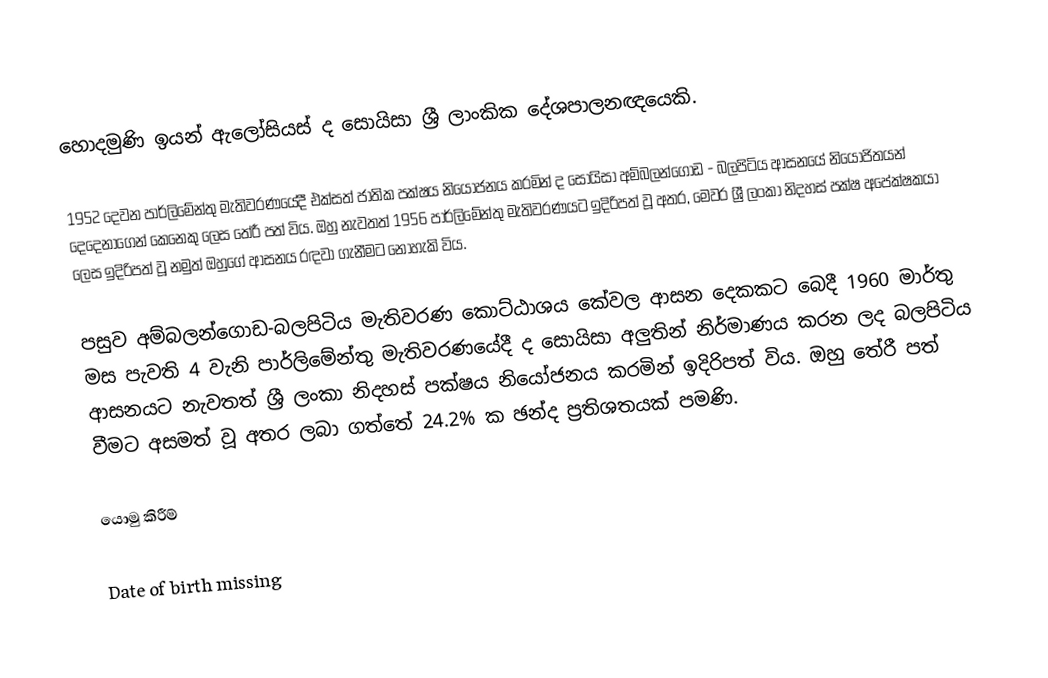
හොදමුණි ඉයන් ඇලෝසියස් ද සොයිසා ශ්‍රී ලාංකික දේශපාලනඥයෙකි.

1952 දෙවන පාර්ලිමේන්තු මැතිවරණයේදී එක්සත් ජාතික පක්ෂය නියෝජනය කරමින් ද සොයිසා අම්බලන්ගොඩ - බලපිටිය ආසනයේ නියෝජිතයන් දෙදෙනාගෙන් කෙනෙකු ලෙස තේරී පත් විය. ඔහු නැවතත් 1956 පාර්ලිමේන්තු මැතිවරණයට ඉදිරිපත් වූ අතර, මෙවර ශ්‍රී ලංකා නිදහස් පක්ෂ අපේක්ෂකයා ලෙස ඉදිරිපත් වූ නමුත් ඔහුගේ ආසනය රඳවා ගැනීමට නොහැකි විය.

පසුව අම්බලන්ගොඩ-බලපිටිය මැතිවරණ කොට්ඨාශය කේවල ආසන දෙකකට බෙදී 1960 මාර්තු මස පැවති 4 වැනි පාර්ලිමේන්තු මැතිවරණයේදී ද සොයිසා අලුතින් නිර්මාණය කරන ලද බලපිටිය ආසනයට නැවතත් ශ්‍රී ලංකා නිදහස් පක්ෂය නියෝජනය කරමින් ඉදිරිපත් විය. ඔහු තේරී පත් වීමට අසමත් වූ අතර ලබා ගත්තේ 24.2% ක ඡන්ද ප්‍රතිශතයක් පමණි.

යොමු කිරීම්

Date of birth missing